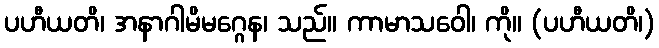
ပဟီယတိ၊ အနာဂါမိမဂ္ဂေန၊ သည်။ ကာမာသဝေါ၊ ကို။ (ပဟီယတိ၊)